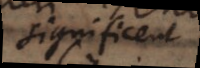
significent